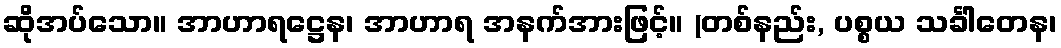
ဆိုအပ်သော။ အာဟာရဋ္ဌေန၊ အာဟာရ အနက်အားဖြင့်။ (တစ်နည်း, ပစ္စယ သင်္ခါတေန၊